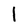
Character: 1